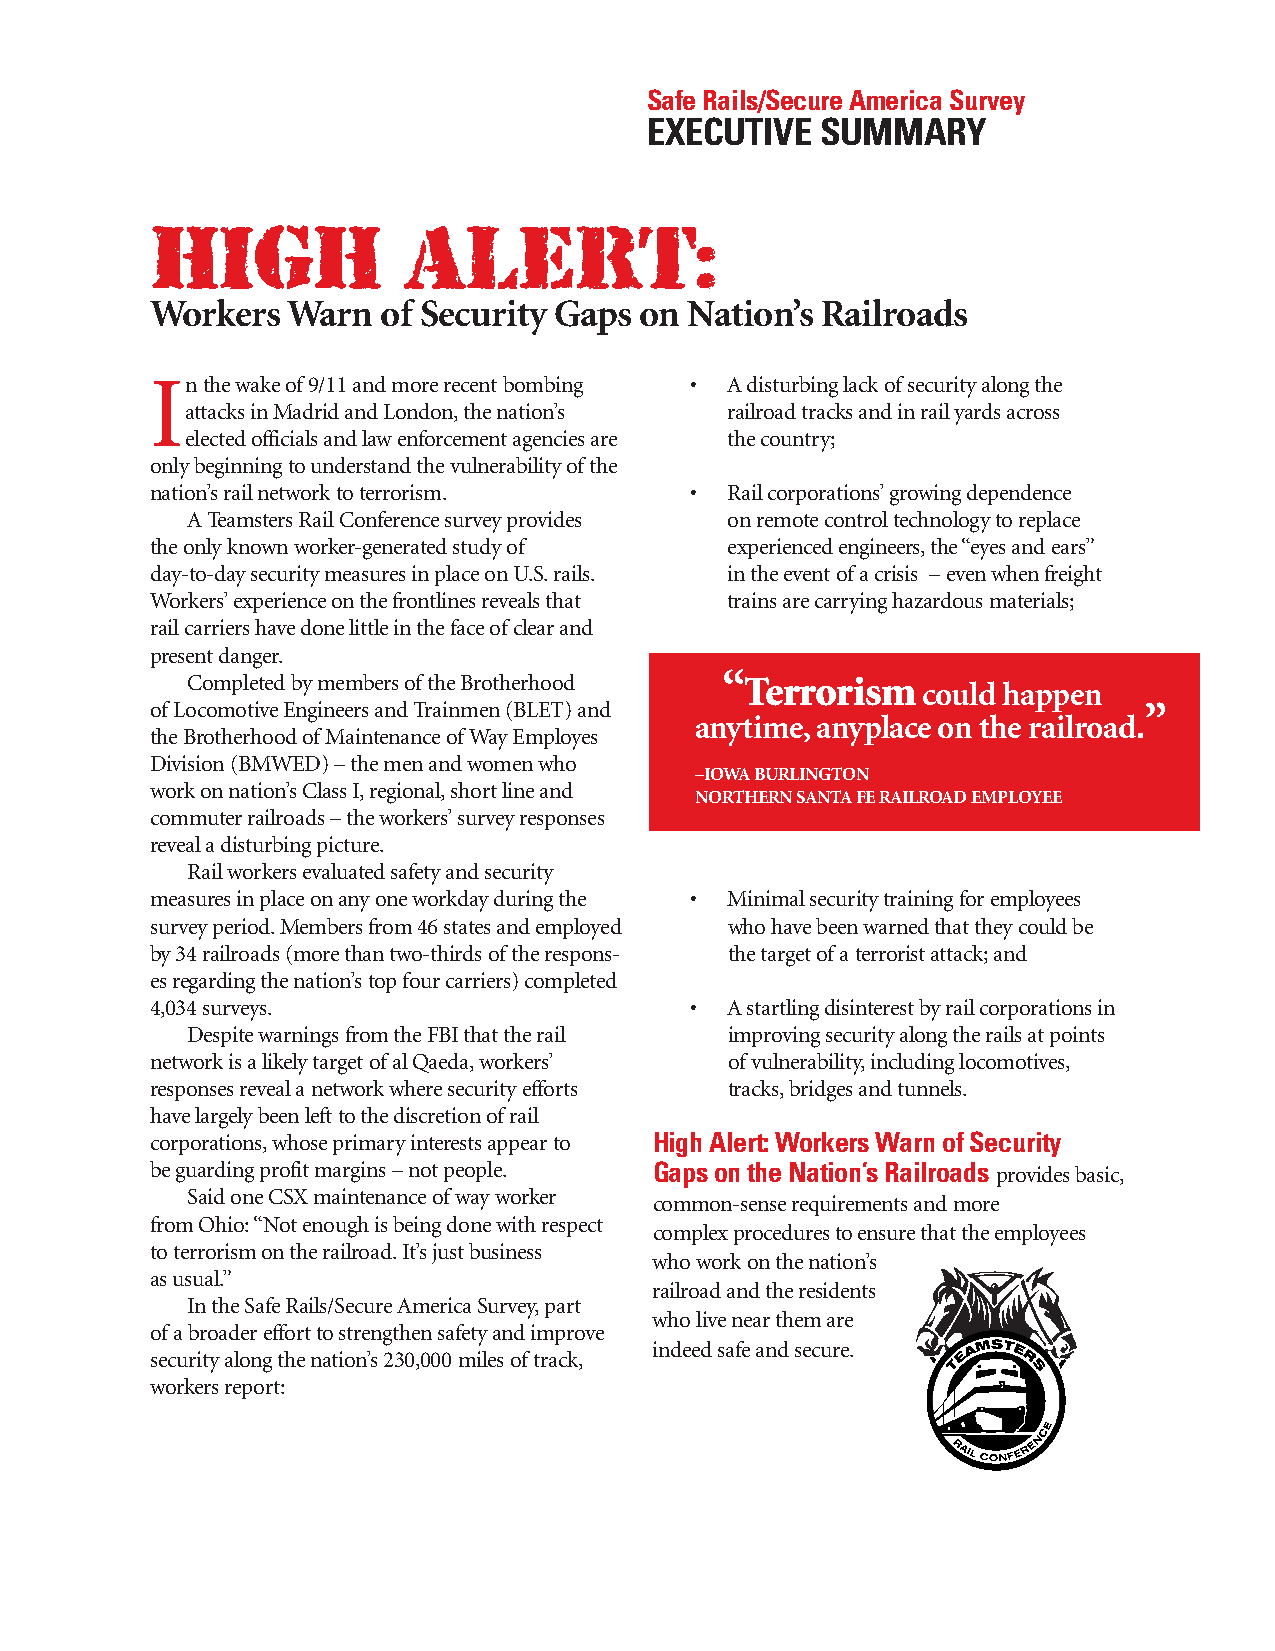
Safe Rails/Secure America Survey
 EXECUTIVE  SUMMARY
 HIGH             ALERT:
 Workers  Warn  of Security Gaps on  Nation’s Railroads
 Inthe wake of9/11 and more recent bombing • A disturbing lack ofsecurity along the
 attacks in Madrid and London,the nation’s railroad tracks and in rail yards across
 elected officials and law enforcement agencies are the country;
 only beginning to understand the vulnerability ofthe
 nation’s rail network to terrorism. • Rail corporations’growing dependence
 ATeamsters Rail Conference survey provides on remote control technology to replace
 the only known worker-generated study of experienced engineers,the “eyes and ears”
 day-to-day security measures in place on U.S.rails. in the event ofa crisis – even when freight
 Workers’experience on the frontlines reveals that trains are carrying hazardous materials;
 rail carriershave done little in the face ofclear and
 present danger.
 Completed by members ofthe Brotherhood “Terrorism
 could happen
 ofLocomotive Engineers and Trainmen (BLET) and                    ”
 anytime,anyplace on the railroad.
 the Brotherhood ofMaintenance ofWay Employes
 Division (BMWED) – the men and women who
 –IOWA BURLINGTON
 work on nation’s Class I,regional,short line and
 NORTHERN SANTAFE RAILROAD EMPLOYEE
 commuter railroads – the workers’survey responses
 reveal a disturbing picture.
 Rail workers evaluated safety and security
 measures in placeonany one workday during the • Minimal securitytraining for employees
 survey period.Members from 46 states and employed who have been warned that they could be
 by 34 railroads (more than two-thirds ofthe respons- the target ofa terrorist attack;and
 es regarding the nation’s top four carriers) completed
 4,034 surveys.                      • A startling disinterest by rail corporations in
 Despite warnings from the FBI that the rail improving security along the rails at points
 network is a likely target ofal Qaeda,workers’ ofvulnerability,including locomotives,
 responses reveal a network where security efforts tracks,bridges and tunnels.
 have largely been left to the discretion ofrail
 corporations,whose primary interests appear to High Alert: Workers Warn of Security
 be guarding profit margins – not people. Gaps on the Nation’s Railroads provides basic,
 Said one CSX maintenance ofway worker
 common-sense requirements and more
 from Ohio:“Not enough is being done with respect
 complexprocedures to ensure that the employees
 toterrorism on the railroad.It’s just business
 who work on the nation’s
 as usual.”
 railroad and the residents
 In the Safe Rails/Secure America Survey,part
 who live near them are
 ofa broader effort to strengthen safety and improve
 indeed safe and secure.
 security along the nation’s 230,000 miles oftrack,
 workers report: